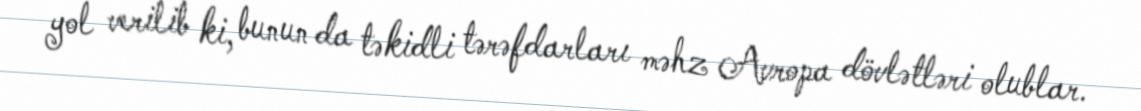
yol verilib ki, bunun da təkidli tərəfdarları məhz Avropa dövlətləri olublar.